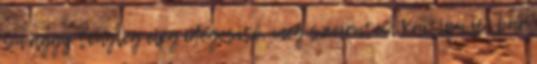
Swaggy tényleg elég idegesítő, meg szeirntem Kaitlyn is, bár